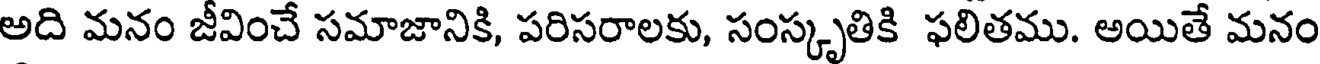
అది మనం జీవించే సమాజానికి, పరిసరాలకు, సంస్కృతికి ఫలితము. అయితే మనం